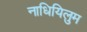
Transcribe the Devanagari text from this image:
नाधियिलुम